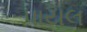
પાયલ